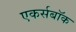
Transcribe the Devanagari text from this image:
एकर्सबॉक